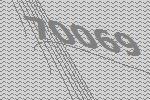
70069